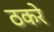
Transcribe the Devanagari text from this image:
ठकरे